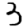
Digit: 3